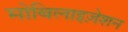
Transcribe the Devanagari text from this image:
मोबिलाइज़ेशन